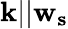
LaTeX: \mathbf{k}||\mathbf{w_{s}}